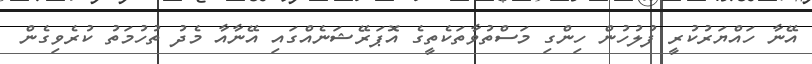
އޭނާ ހައްޔަރުކުރީ ފުލުހުން ހިންގި މަސްތުވާތަކެތީގެ އޮޕަރޭޝަނެއްގައި އޭނާއާ މެދު ތުހުމަތު ކުރެވިގެން